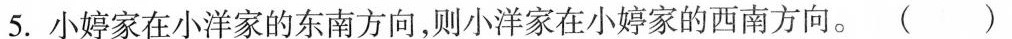
5.小婷家在小洋家的东南方向，则小洋家在小婷家的西南方向。()